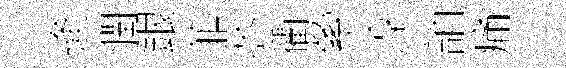
逄潤銀菲芥衢縈淳誚痛